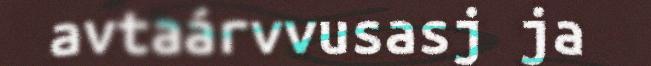
avtaárvvusasj ja